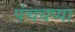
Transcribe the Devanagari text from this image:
पंचयप्पा